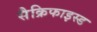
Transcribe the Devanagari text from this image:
सैक्रिफाइस्ड